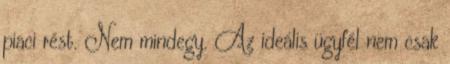
piaci rést. Nem mindegy. Az ideális ügyfél nem csak